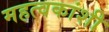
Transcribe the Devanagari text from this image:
महत्वकांशी